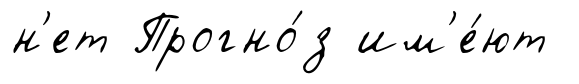
н'ет Прогно́з им'е́ют